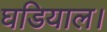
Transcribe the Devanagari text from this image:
घडियाल।